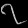
Digit: ၇